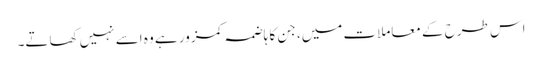
اس طرح کے معاملات میں، جن کا ہاضمہ کمزور ہے وہ اسے نہیں کھاتے۔